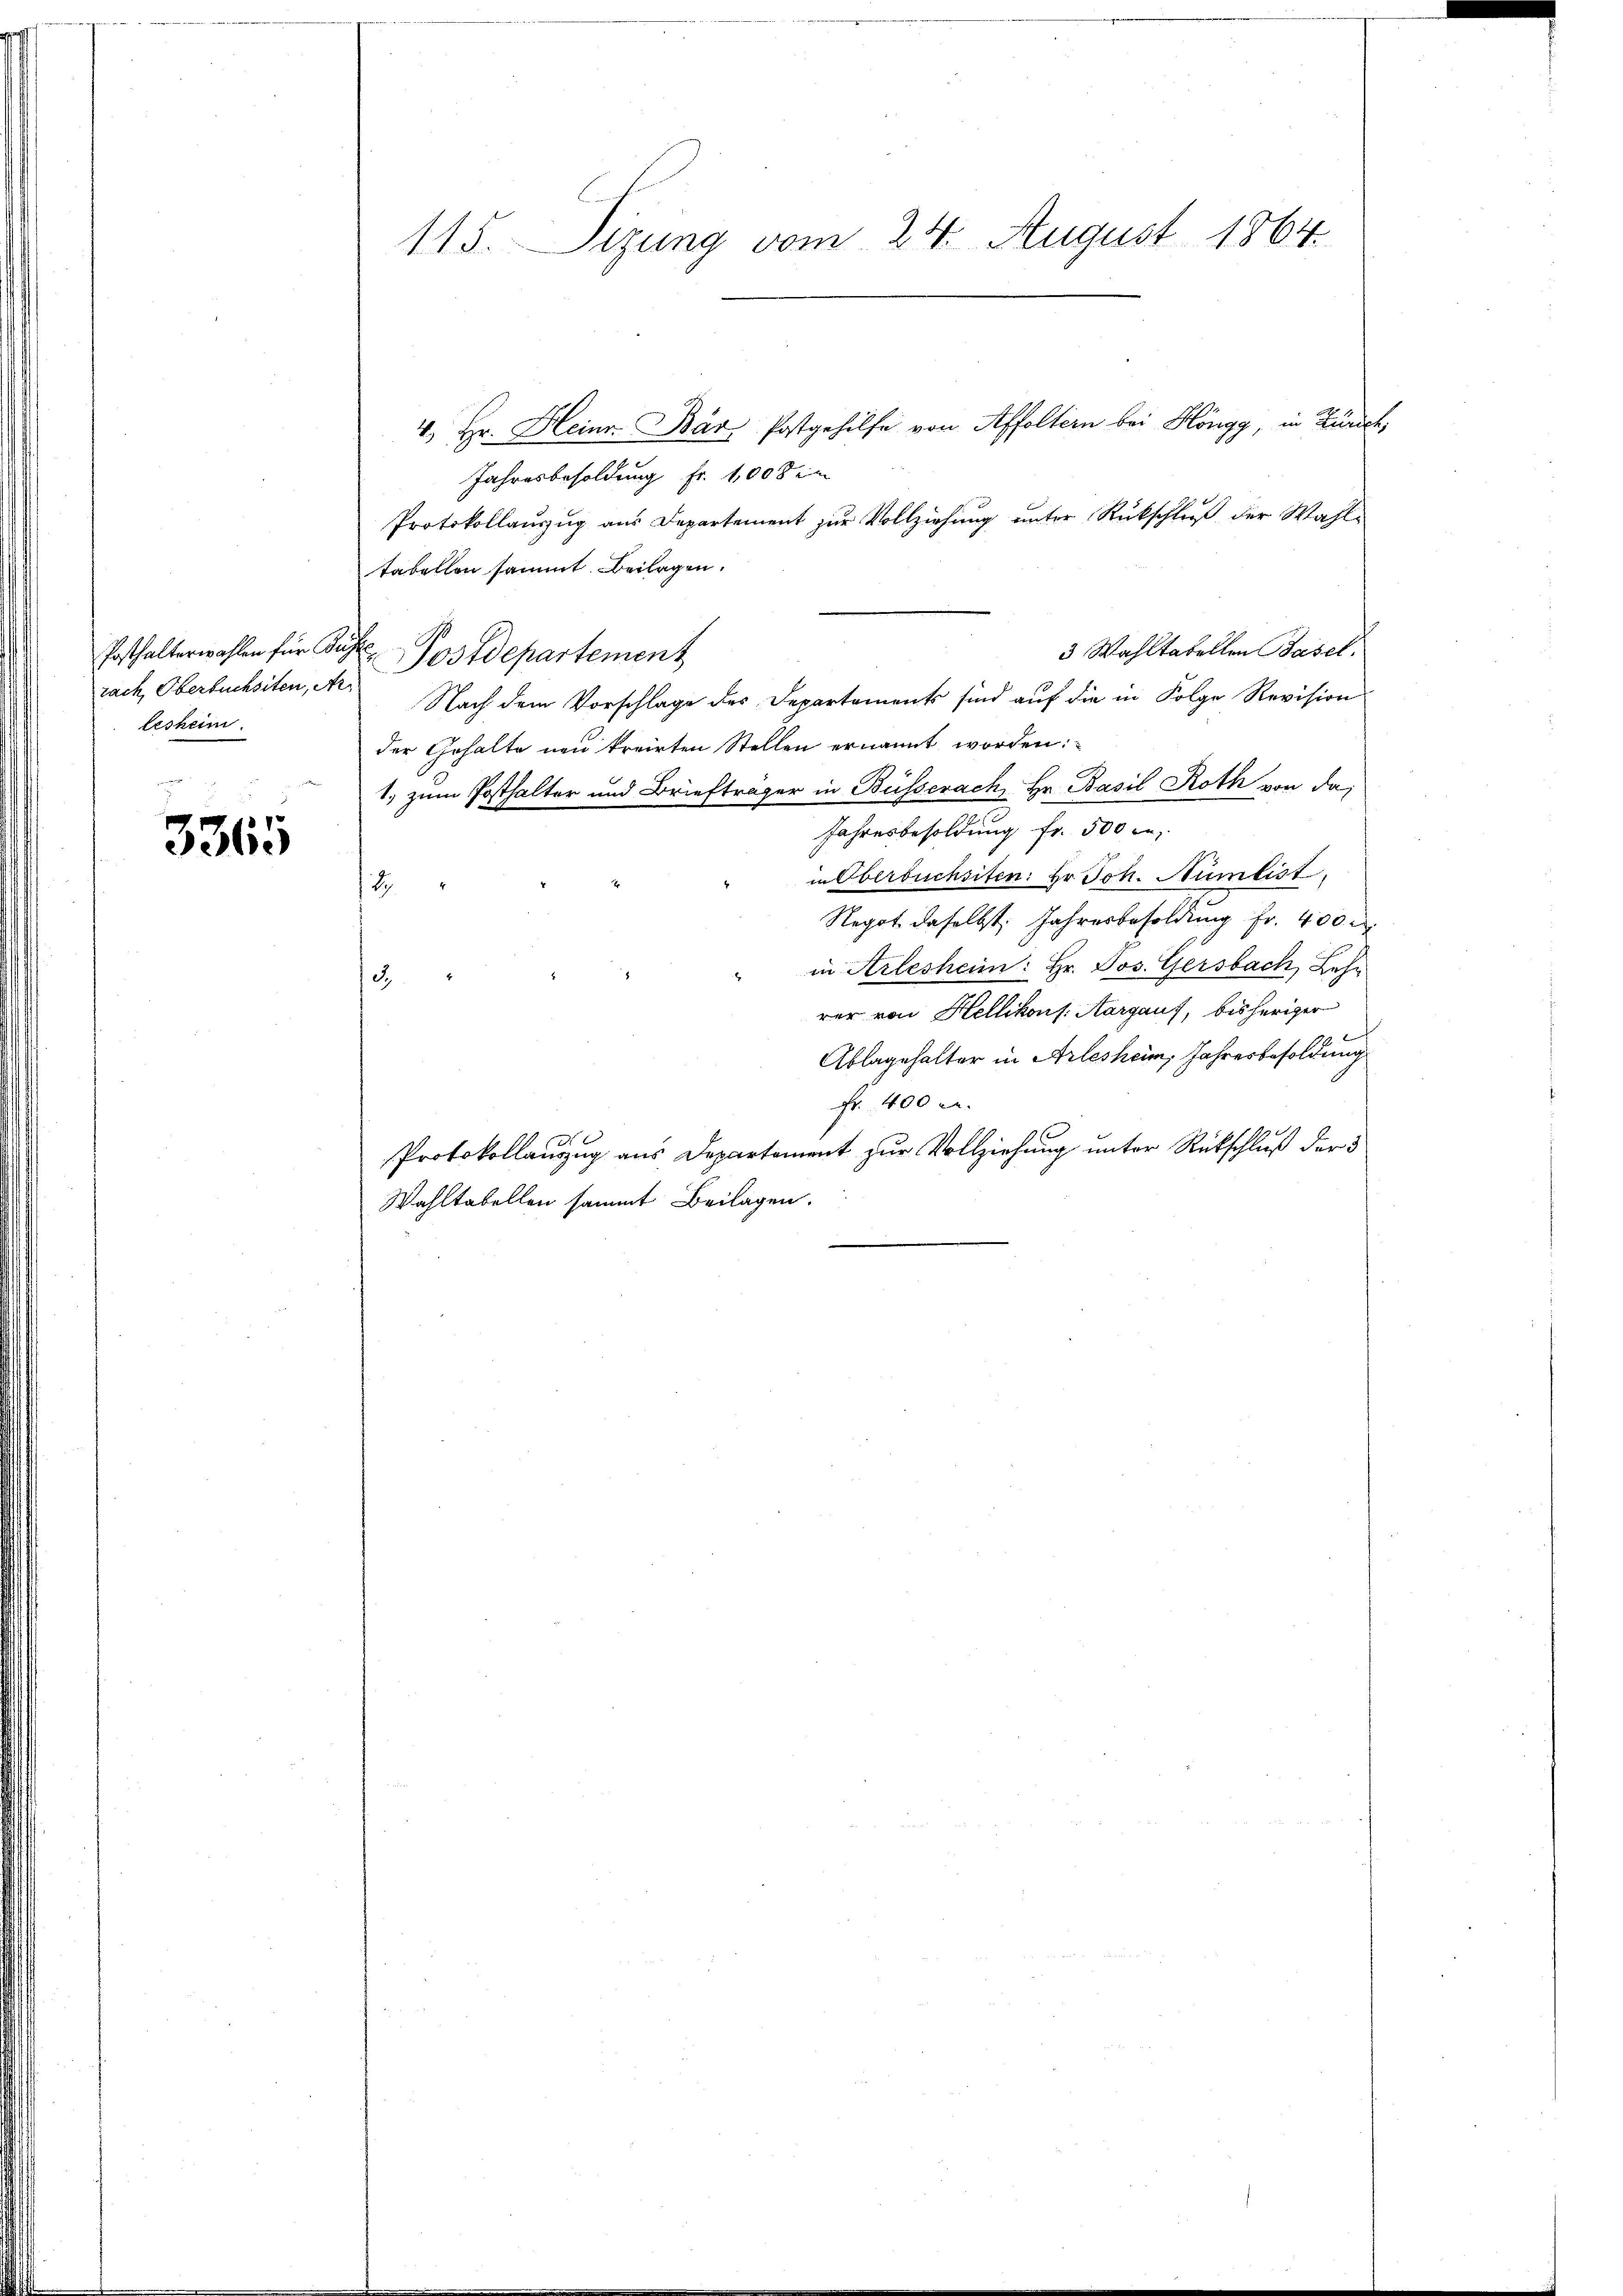
rach, Oberbuchsiten, A.
lesheim.
r

3365

115. Sizung vom 24. August 1864.

4. Hr. Heinr. Bär Postgehilfe von Affoltern bei Höngg, in Zürich,
Jahresbesoldung fr. 1008 in
Protokollauszug aus Departement zur Vollziehung unter Rückschluß der Wahltabellen sammt. Beilagen.
3 Wahltabellen Basel.
Nach dem Vorschlage des Departements sind auf die in Folge Revision
der Gehalte neu kreirten Stellen ernannt worden:
1. zum Posthalter und Briefträger in Büsserach, Hr. Basil Roth von da,
Jahresbesoldung fr. 500 l.
in Oberbuchsiten: Hr. Joh. Humlist
1
Negot daselbst. Jahresbesoldung fr. 400 r
in Arlesheim: Hr. Jos. Gersbach, Lehr
3.
rer von Hellikons Aargauf, bisheriger
Ablagehalter in Arlesheim, Jahresbesoldung
Fr. 400 l.
Protokollauszug aus Departement zur Vollziehung unter Rückschluß der 5
Wahltabellen sammt Beilagen.

Posthalterwahlen für Kuh Postdepartement